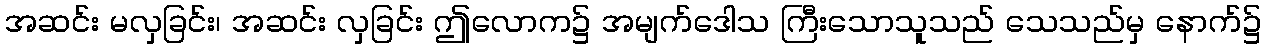
အဆင်း မလှခြင်း၊ အဆင်း လှခြင်း ဤလောက၌ အမျက်ဒေါသ ကြီးသောသူသည် သေသည်မှ နောက်၌